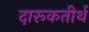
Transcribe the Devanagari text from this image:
दारूकतीर्थ